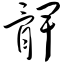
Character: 髀